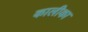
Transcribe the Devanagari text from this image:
कालीका